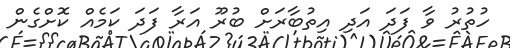
ހުތުރު ވާ ފަދަ އަދި އިތުބާރަށް ބުރޫ އަރާ ފަދަ ކަމެއް ކޮށްގެން